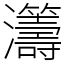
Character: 𤅕